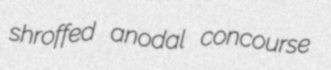
shroffed anodal concourse